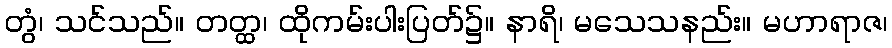
တွံ၊ သင်သည်။ တတ္ထ၊ ထိုကမ်းပါးပြတ်၌။ နာရိ၊ မသေသနည်း။ မဟာရာဇ၊